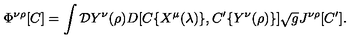
\Phi ^ { \nu \rho } [ C ] = \int { \cal D } Y ^ { \nu } ( \rho ) D [ C \{ X ^ { \mu } ( \lambda ) \} , C ^ { \prime } \{ Y ^ { \nu } ( \rho ) \} ] \sqrt { g } J ^ { \nu \rho } [ C ^ { \prime } ] . \hfill